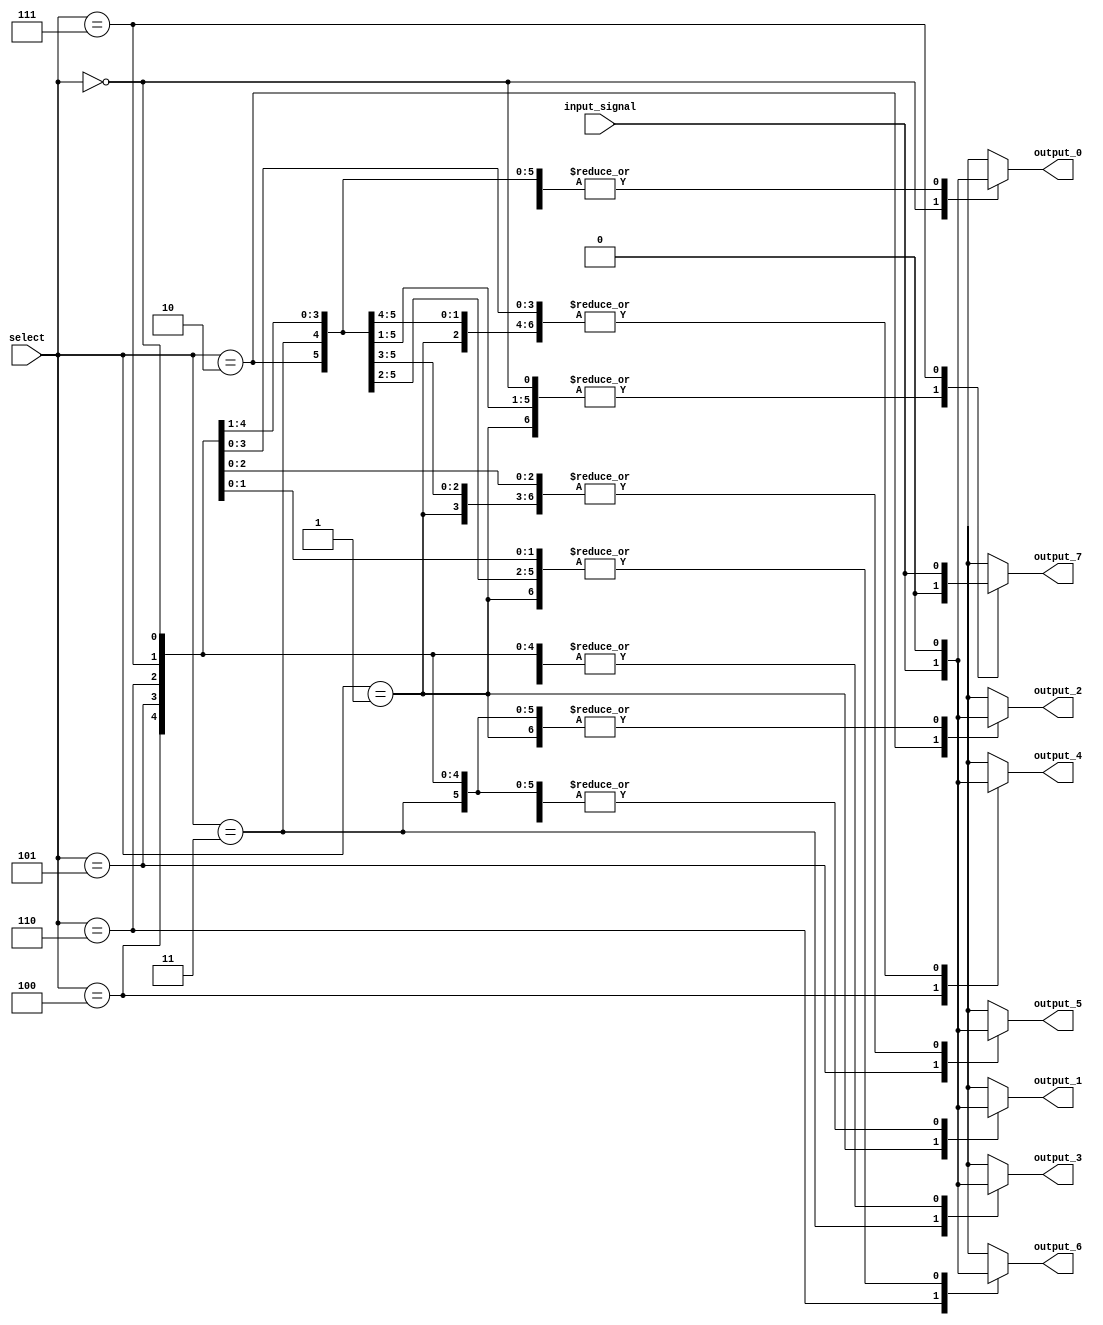
module demux_1to8 (
    input wire [2:0] select,
    input wire input_signal,
    output reg output_0,
    output reg output_1,
    output reg output_2,
    output reg output_3,
    output reg output_4,
    output reg output_5,
    output reg output_6,
    output reg output_7
);

always @* begin
    case (select)
        3'b000: begin
            output_0 = input_signal;
            output_1 = 1'b0;
            output_2 = 1'b0;
            output_3 = 1'b0;
            output_4 = 1'b0;
            output_5 = 1'b0;
            output_6 = 1'b0;
            output_7 = 1'b0;
        end
        
        3'b001: begin
            output_0 = 1'b0;
            output_1 = input_signal;
            output_2 = 1'b0;
            output_3 = 1'b0;
            output_4 = 1'b0;
            output_5 = 1'b0;
            output_6 = 1'b0;
            output_7 = 1'b0;
        end
        
        3'b010: begin
            output_0 = 1'b0;
            output_1 = 1'b0;
            output_2 = input_signal;
            output_3 = 1'b0;
            output_4 = 1'b0;
            output_5 = 1'b0;
            output_6 = 1'b0;
            output_7 = 1'b0;
        end
        
        3'b011: begin
            output_0 = 1'b0;
            output_1 = 1'b0;
            output_2 = 1'b0;
            output_3 = input_signal;
            output_4 = 1'b0;
            output_5 = 1'b0;
            output_6 = 1'b0;
            output_7 = 1'b0;
        end
        
        3'b100: begin
            output_0 = 1'b0;
            output_1 = 1'b0;
            output_2 = 1'b0;
            output_3 = 1'b0;
            output_4 = input_signal;
            output_5 = 1'b0;
            output_6 = 1'b0;
            output_7 = 1'b0;
        end
        
        3'b101: begin
            output_0 = 1'b0;
            output_1 = 1'b0;
            output_2 = 1'b0;
            output_3 = 1'b0;
            output_4 = 1'b0;
            output_5 = input_signal;
            output_6 = 1'b0;
            output_7 = 1'b0;
        end
        
        3'b110: begin
            output_0 = 1'b0;
            output_1 = 1'b0;
            output_2 = 1'b0;
            output_3 = 1'b0;
            output_4 = 1'b0;
            output_5 = 1'b0;
            output_6 = input_signal;
            output_7 = 1'b0;
        end
        
        3'b111: begin
            output_0 = 1'b0;
            output_1 = 1'b0;
            output_2 = 1'b0;
            output_3 = 1'b0;
            output_4 = 1'b0;
            output_5 = 1'b0;
            output_6 = 1'b0;
            output_7 = input_signal;
        end
    endcase
end

endmodule